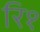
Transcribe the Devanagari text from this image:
रि१